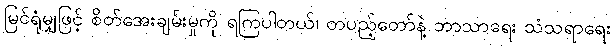
မြင်ရုံမျှဖြင့် စိတ်အေးချမ်းမှုကို ရကြပါတယ်၊ တပည့်တော်နဲ့ ဘာသာရေး သံသရာရေး